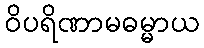
ဝိပရိဏာမဓမ္မာယ